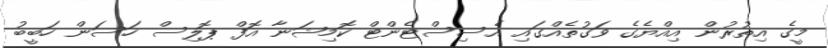
މީގެ އިތުރުން އިއްޔެގެ ވަގުތެއްގައި އެސިސްޓެންޓް ކޮމިޝަނާ އޮފް ޕޮލިސް ހަސަން ހަބީބު